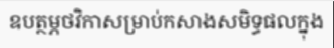
ឧបត្ថម្ភថវិកាសម្រាប់កសាងសមិទ្ធផលក្នុង